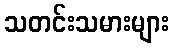
သတင်းသမားများ